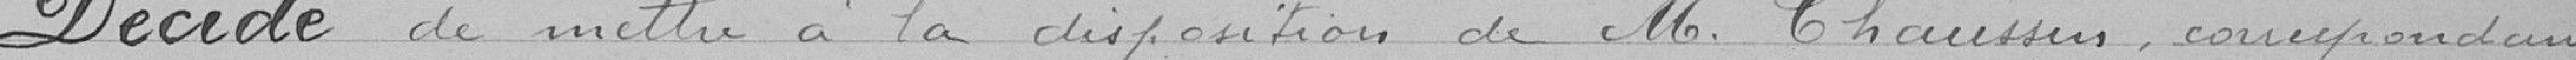
Décide de mettre à la disposition de monsieur Chaussin, correspondant